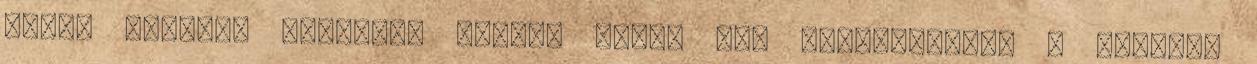
kerti jelenet Roundhay Garden Scene egy fekete-fehér , amelyet